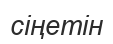
сіңетін